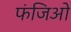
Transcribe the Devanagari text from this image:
फंजिओ